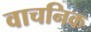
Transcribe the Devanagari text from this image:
वाचनिक